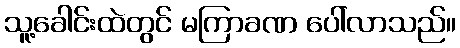
သူ့ခေါင်းထဲတွင် မကြာခဏ ပေါ်လာသည်။